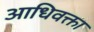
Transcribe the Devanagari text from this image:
आधिवक्ता